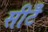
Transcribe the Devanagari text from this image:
सीटेँ